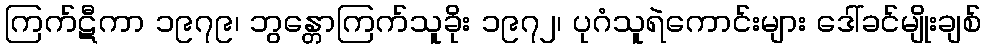
ကြက်ဋီကာ ၁၉၇၉၊ ဘွန္တောကြက်သူခိုး ၁၉၇၂၊ ပုဂံသူရဲကောင်းများ ဒေါ်ခင်မျိုးချစ်